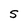
Character: S